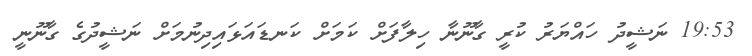
19:53 ނަޝީދު ހައްޔަރު ކުރީ ގާނޫނާ ހިލާފަށް ކަމަށް ކަނޑައަޅައިދިނުމަށް ނަޝީދުގެ ގާނޫނީ